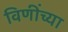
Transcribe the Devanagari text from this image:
विणींच्या